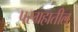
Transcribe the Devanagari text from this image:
परग्रहातील